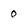
Character: 0